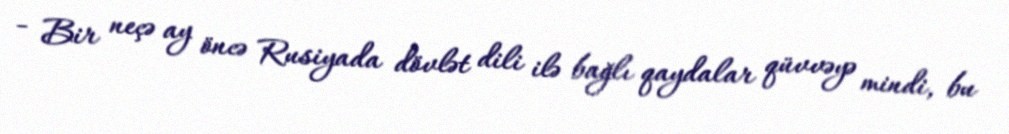
- Bir neçə ay öncə Rusiyada dövlət dili ilə bağlı qaydalar qüvvəyə mindi, bu